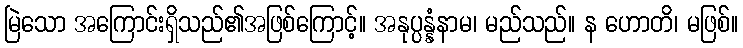
မြဲသော အကြောင်းရှိသည်၏အဖြစ်ကြောင့်။ အနုပ္ပန္နံနာမ၊ မည်သည်။ န ဟောတိ၊ မဖြစ်။